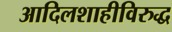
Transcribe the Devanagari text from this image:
आदिलशाहीविरुद्ध